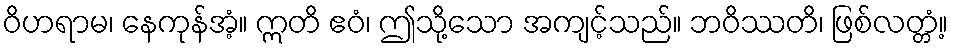
ဝိဟရာမ၊ နေကုန်အံ့။ ဣတိ ဧဝံ၊ ဤသို့သော အကျင့်သည်။ ဘဝိဿတိ၊ ဖြစ်လတ္တံ့။